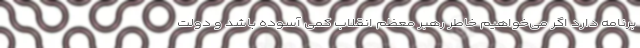
برنامه دارد اگر می‌خواهیم خاطر رهبر معظم انقلاب کمی آسوده باشد و دولت